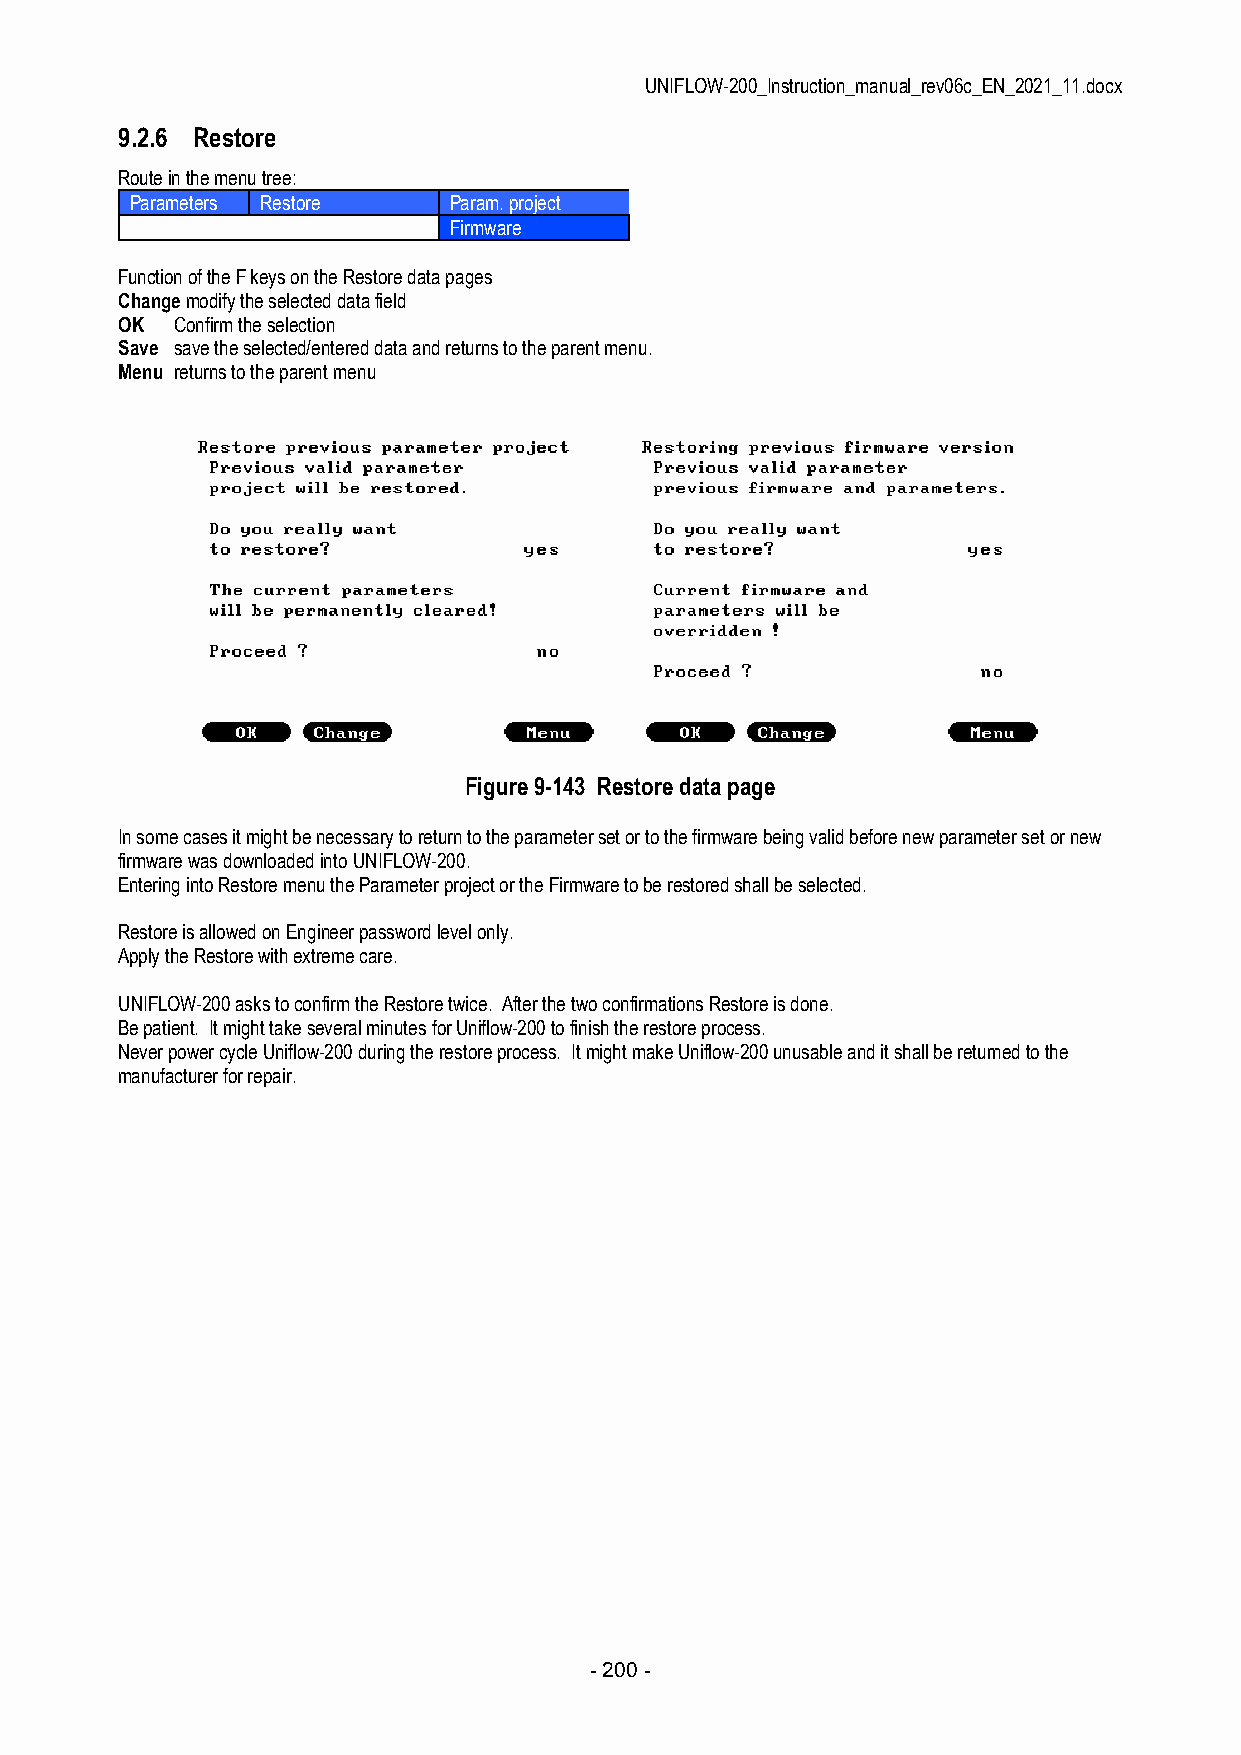
UNIFLOW-200_Instruction_manual_rev06c_EN_2021_11.docx
 9.2.6 Restore
 Route in the menu tree:
 Parameters Restore   Param. project
 Firmware
 Function of the F keys on the Restore data pages
 Change modify the selected data field
 OK  Confirm the selection
 Save save the selected/entered data and returns to the parent menu.
 Menu returns to the parent menu
 Figure 9-143 Restore data page
 In some cases it might be necessary to return to the parameter set or to the firmware being valid before new parameter set or new
 firmware was downloaded into UNIFLOW-200.
 Entering into Restore menu the Parameter project or the Firmware to be restored shall be selected.
 Restore is allowed on Engineer password level only.
 Apply the Restore with extreme care.
 UNIFLOW-200 asks to confirm the Restore twice. After the two confirmations Restore is done.
 Be patient. It might take several minutes for Uniflow-200 to finish the restore process.
 Never power cycle Uniflow-200 during the restore process. It might make Uniflow-200 unusable and it shall be returned to the
 manufacturer for repair.
 - 200 -